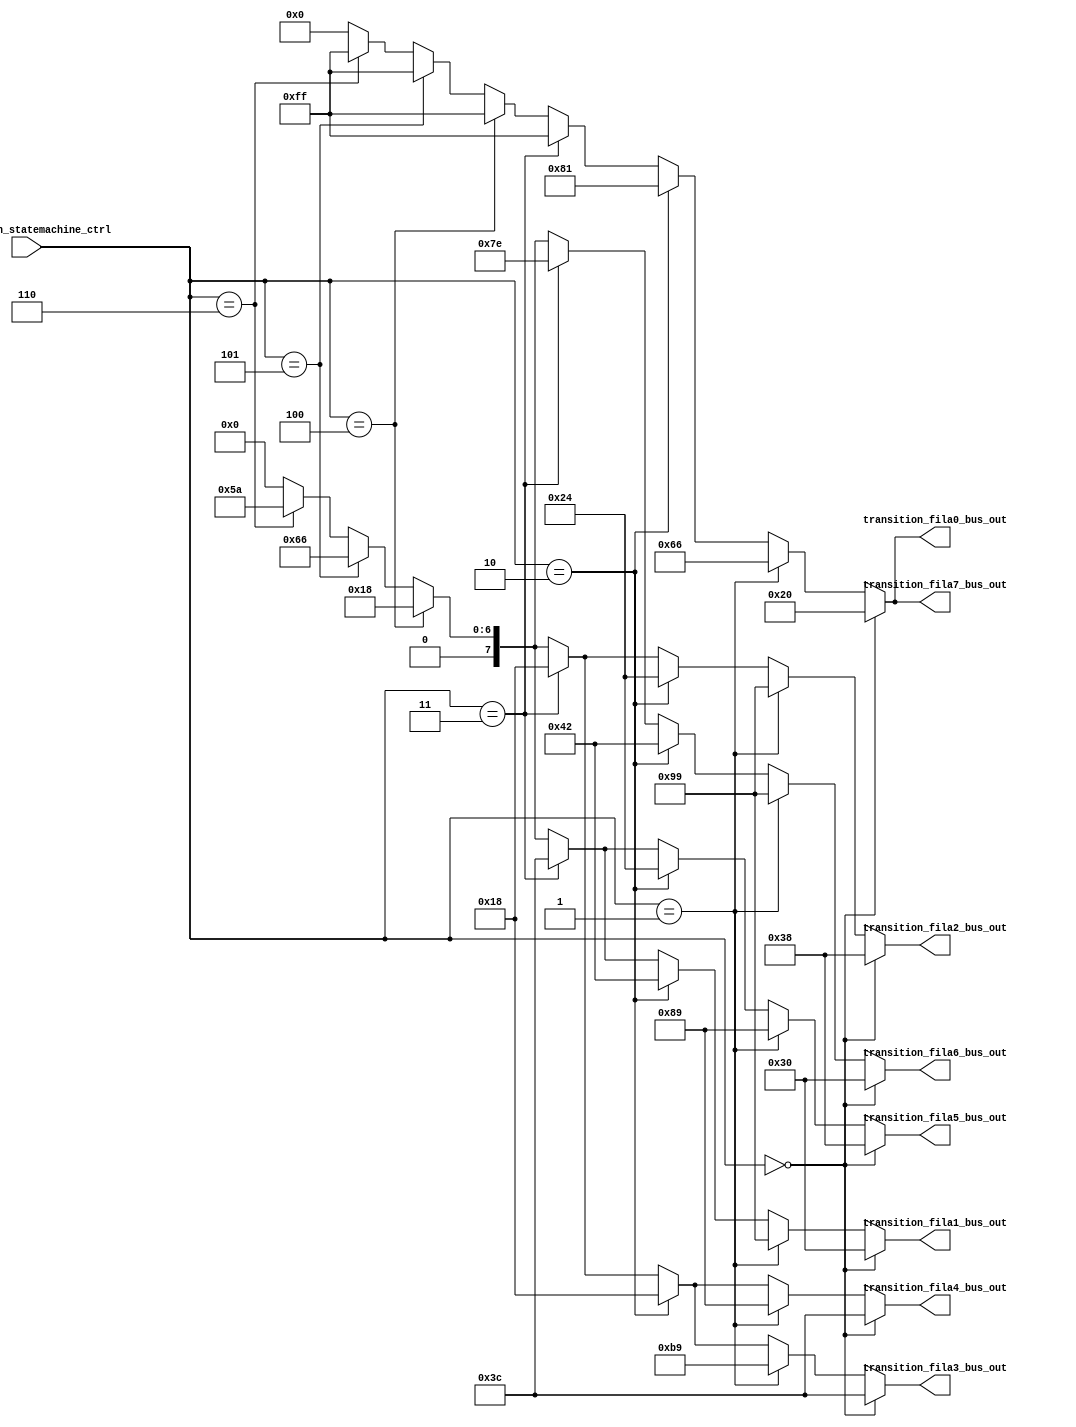

//=======================================================
//  MODULE Definition
//=======================================================

module CC_TRANSITION
(

transition_statemachine_ctrl,

transition_fila7_bus_out,
transition_fila6_bus_out,
transition_fila5_bus_out,
transition_fila4_bus_out,
transition_fila3_bus_out,
transition_fila2_bus_out,
transition_fila1_bus_out,
transition_fila0_bus_out

);

//=======================================================
//  PARAMETER declarations
//=======================================================

//=======================================================
//  PORT declarations
//=======================================================

input [2:0] transition_statemachine_ctrl;

output [7:0] transition_fila7_bus_out;
output [7:0] transition_fila6_bus_out;
output [7:0] transition_fila5_bus_out;
output [7:0] transition_fila4_bus_out;
output [7:0] transition_fila3_bus_out;
output [7:0] transition_fila2_bus_out;
output [7:0] transition_fila1_bus_out;
output [7:0] transition_fila0_bus_out;

//=======================================================
//  REG/WIRE declarations
//=======================================================

//=======================================================
//  Structural coding
//=======================================================

assign transition_fila7_bus_out = 
(transition_statemachine_ctrl == 3'b000)?8'b00100000:
(transition_statemachine_ctrl == 3'b001)?8'b01100110:
(transition_statemachine_ctrl == 3'b010)?8'b10000001:
(transition_statemachine_ctrl == 3'b011)?8'b11111111:
(transition_statemachine_ctrl == 3'b100)?8'b11111111:
(transition_statemachine_ctrl == 3'b101)?8'b11111111:
(transition_statemachine_ctrl == 3'b110)?8'b11111111:
													  8'b00000000;
															  
assign transition_fila6_bus_out = 
(transition_statemachine_ctrl == 3'b000)?8'b00110000:
(transition_statemachine_ctrl == 3'b001)?8'b10011001:
(transition_statemachine_ctrl == 3'b010)?8'b01000010:
(transition_statemachine_ctrl == 3'b011)?8'b01111110:
(transition_statemachine_ctrl == 3'b100)?8'b00011000:
(transition_statemachine_ctrl == 3'b101)?8'b01100110:
(transition_statemachine_ctrl == 3'b110)?8'b01011010:
													  8'b00000000;

assign transition_fila5_bus_out = 
(transition_statemachine_ctrl == 3'b000)?8'b00111000:
(transition_statemachine_ctrl == 3'b001)?8'b10001001:
(transition_statemachine_ctrl == 3'b010)?8'b00100100:
(transition_statemachine_ctrl == 3'b011)?8'b00111100:
(transition_statemachine_ctrl == 3'b100)?8'b00011000:
(transition_statemachine_ctrl == 3'b101)?8'b01100110:
(transition_statemachine_ctrl == 3'b110)?8'b01011010:
													  8'b00000000;

assign transition_fila4_bus_out = 
(transition_statemachine_ctrl == 3'b000)?8'b00111100:
(transition_statemachine_ctrl == 3'b001)?8'b10001001:
(transition_statemachine_ctrl == 3'b010)?8'b00011000:
(transition_statemachine_ctrl == 3'b011)?8'b00011000:
(transition_statemachine_ctrl == 3'b100)?8'b00011000:
(transition_statemachine_ctrl == 3'b101)?8'b01100110:
(transition_statemachine_ctrl == 3'b110)?8'b01011010:
													  8'b00000000;

assign transition_fila3_bus_out = 
(transition_statemachine_ctrl == 3'b000)?8'b00111100:
(transition_statemachine_ctrl == 3'b001)?8'b10111001:
(transition_statemachine_ctrl == 3'b010)?8'b00011000:
(transition_statemachine_ctrl == 3'b011)?8'b00011000:
(transition_statemachine_ctrl == 3'b100)?8'b00011000:
(transition_statemachine_ctrl == 3'b101)?8'b01100110:
(transition_statemachine_ctrl == 3'b110)?8'b01011010:
													  8'b00000000;

assign transition_fila2_bus_out = 
(transition_statemachine_ctrl == 3'b000)?8'b00111000:
(transition_statemachine_ctrl == 3'b001)?8'b10011001:
(transition_statemachine_ctrl == 3'b010)?8'b00100100:
(transition_statemachine_ctrl == 3'b011)?8'b00011000:
(transition_statemachine_ctrl == 3'b100)?8'b00011000:
(transition_statemachine_ctrl == 3'b101)?8'b01100110:
(transition_statemachine_ctrl == 3'b110)?8'b01011010:
													  8'b00000000;

assign transition_fila1_bus_out = 
(transition_statemachine_ctrl == 3'b000)?8'b00110000:
(transition_statemachine_ctrl == 3'b001)?8'b10011001:
(transition_statemachine_ctrl == 3'b010)?8'b01000010:
(transition_statemachine_ctrl == 3'b011)?8'b00111100:
(transition_statemachine_ctrl == 3'b100)?8'b00011000:
(transition_statemachine_ctrl == 3'b101)?8'b01100110:
(transition_statemachine_ctrl == 3'b110)?8'b01011010:
													  8'b00000000;
															  
assign transition_fila0_bus_out = 
(transition_statemachine_ctrl == 3'b000)?8'b00100000:
(transition_statemachine_ctrl == 3'b001)?8'b01100110:
(transition_statemachine_ctrl == 3'b010)?8'b10000001:
(transition_statemachine_ctrl == 3'b011)?8'b11111111:
(transition_statemachine_ctrl == 3'b100)?8'b11111111:
(transition_statemachine_ctrl == 3'b101)?8'b11111111:
(transition_statemachine_ctrl == 3'b110)?8'b11111111:
													  8'b00000000;

endmodule